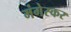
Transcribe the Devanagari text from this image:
मंगेस्कर